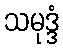
သမုဒ္ဒံ